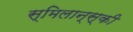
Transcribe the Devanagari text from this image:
स्मिलान्स्की